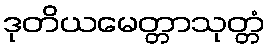
ဒုတိယမေတ္တာသုတ္တံ